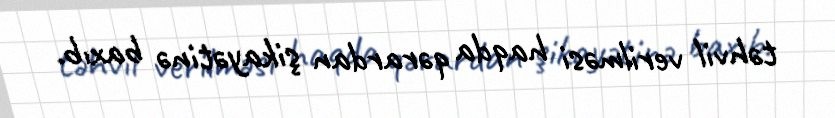
təhvil verilməsi haqda qərardan şikayətinə baxıb.